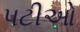
પટીઓ